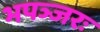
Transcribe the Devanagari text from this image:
भपञ्जरः